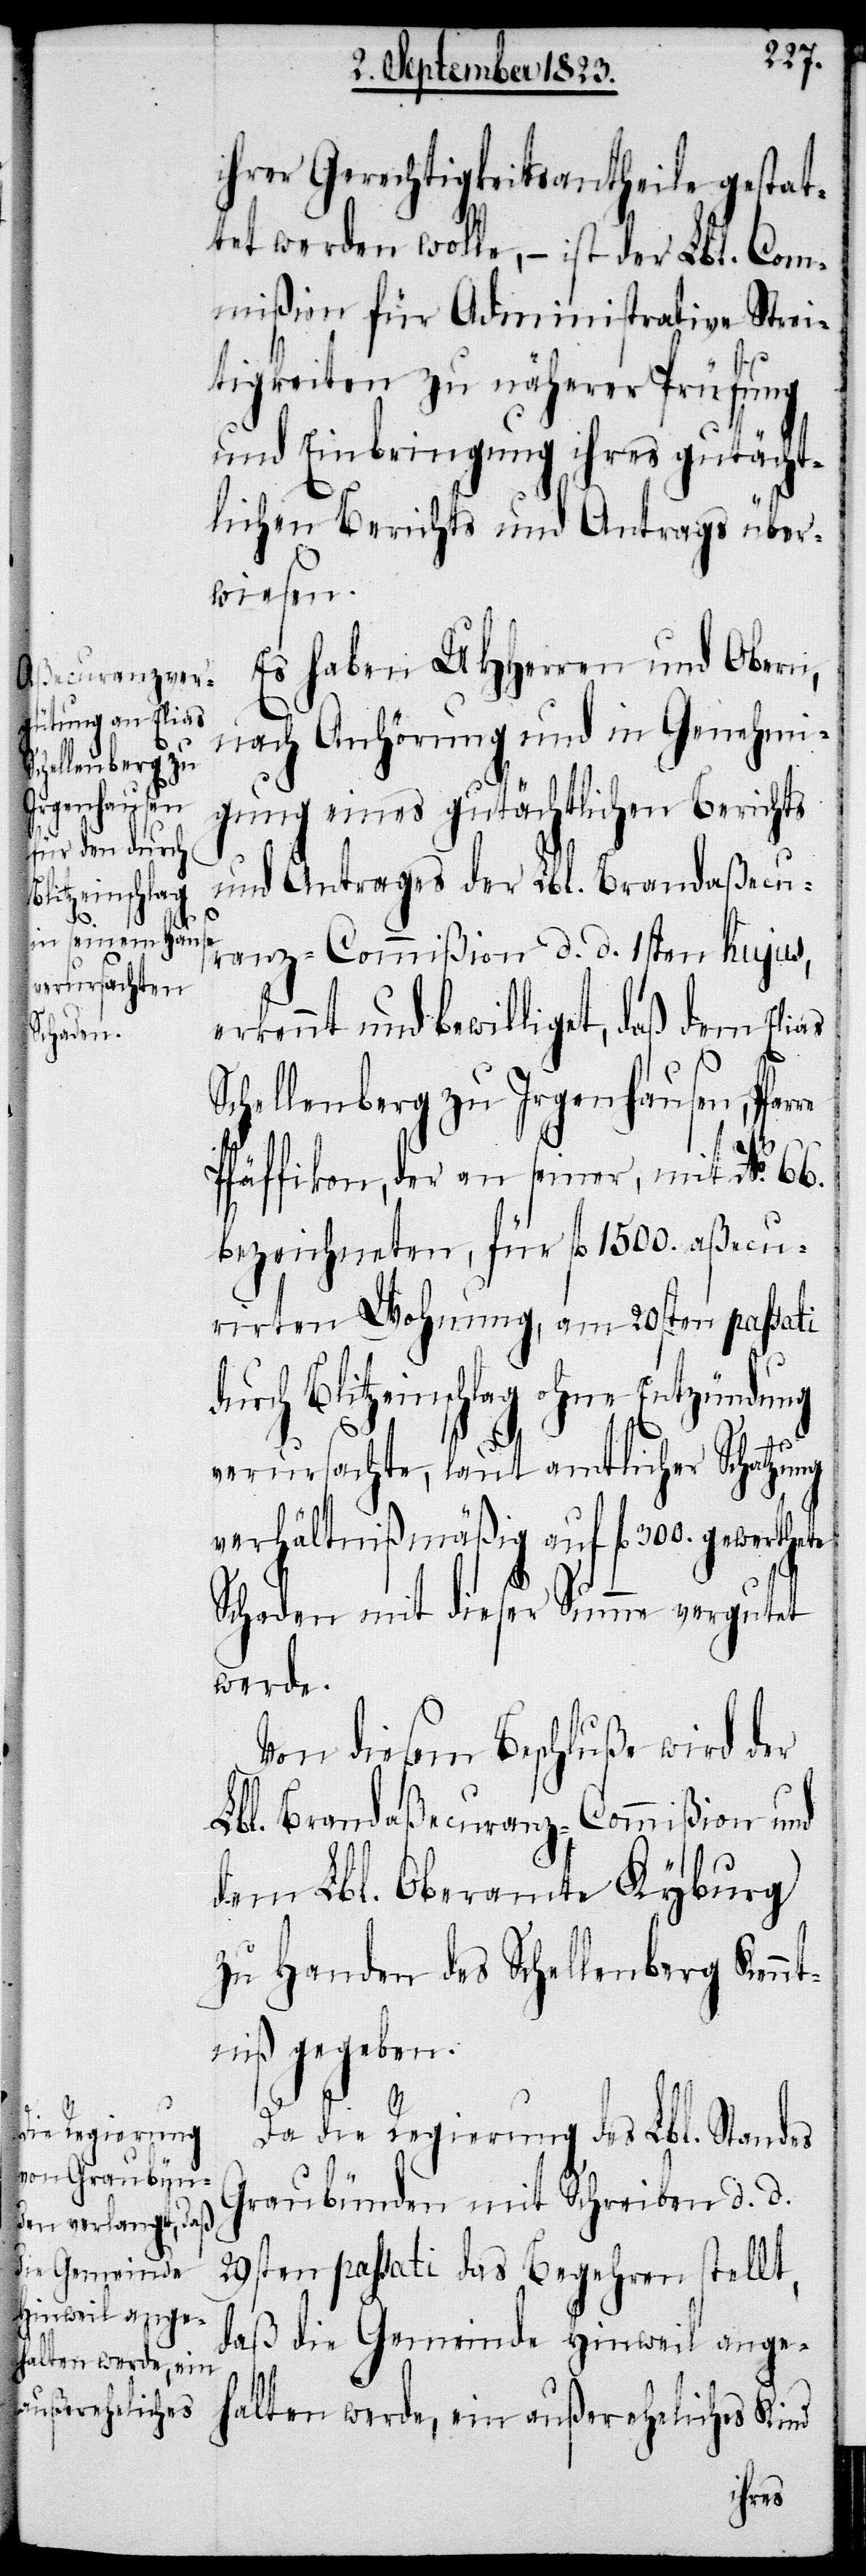
Blitzeinschlag
re

ihrer Gerechtigkeitsantheile gestat¬
tet werden wolle, − ist der Lbl. Com¬
mißion für Administrative Strei¬
tigkeiten zu näherer Prüfung
und Einbringung ihres gutächt¬
lichen Berichts und Antrags über¬
wiesen.
Es haben UHHerren und Obern,
nach Anhörung und in Genehmi¬
gung eines gutächtlichen Berichts
und Antrages der Lbl. Brandaßecu¬
ranz-Commißion d. d. 1sten hujus,
erkennt und bewilliget, daß dem Elias
Schellenberg zu Irgenhausen, Pfar¬
Pfäffikon, der an seiner, mit No. 66.
bezeichneten, für fl 1500. aßecu¬
rirten Wohnung, am 20sten passati
ohne
verursachte, laut amtlicher Schatzung
verhältnißmäßig auf fl 300. gewerthete
Schaden mit dieser Summe vergutet
werde.
Von diesem Beschluße wird der
Lbl. Brandaßecuranz-Commißion und
dem Lbl. Oberamte Kyburg
zu Handen des Schellenberg Kennt¬
gegeben.
niß
Da die Regierung des Lbl. Standes
Graubünden mit Schreiben d. d.
29sten passati das Begehren stellt,
daß die Gemeinde Hinweil ange¬
halten werde, ein außereheliches Kind